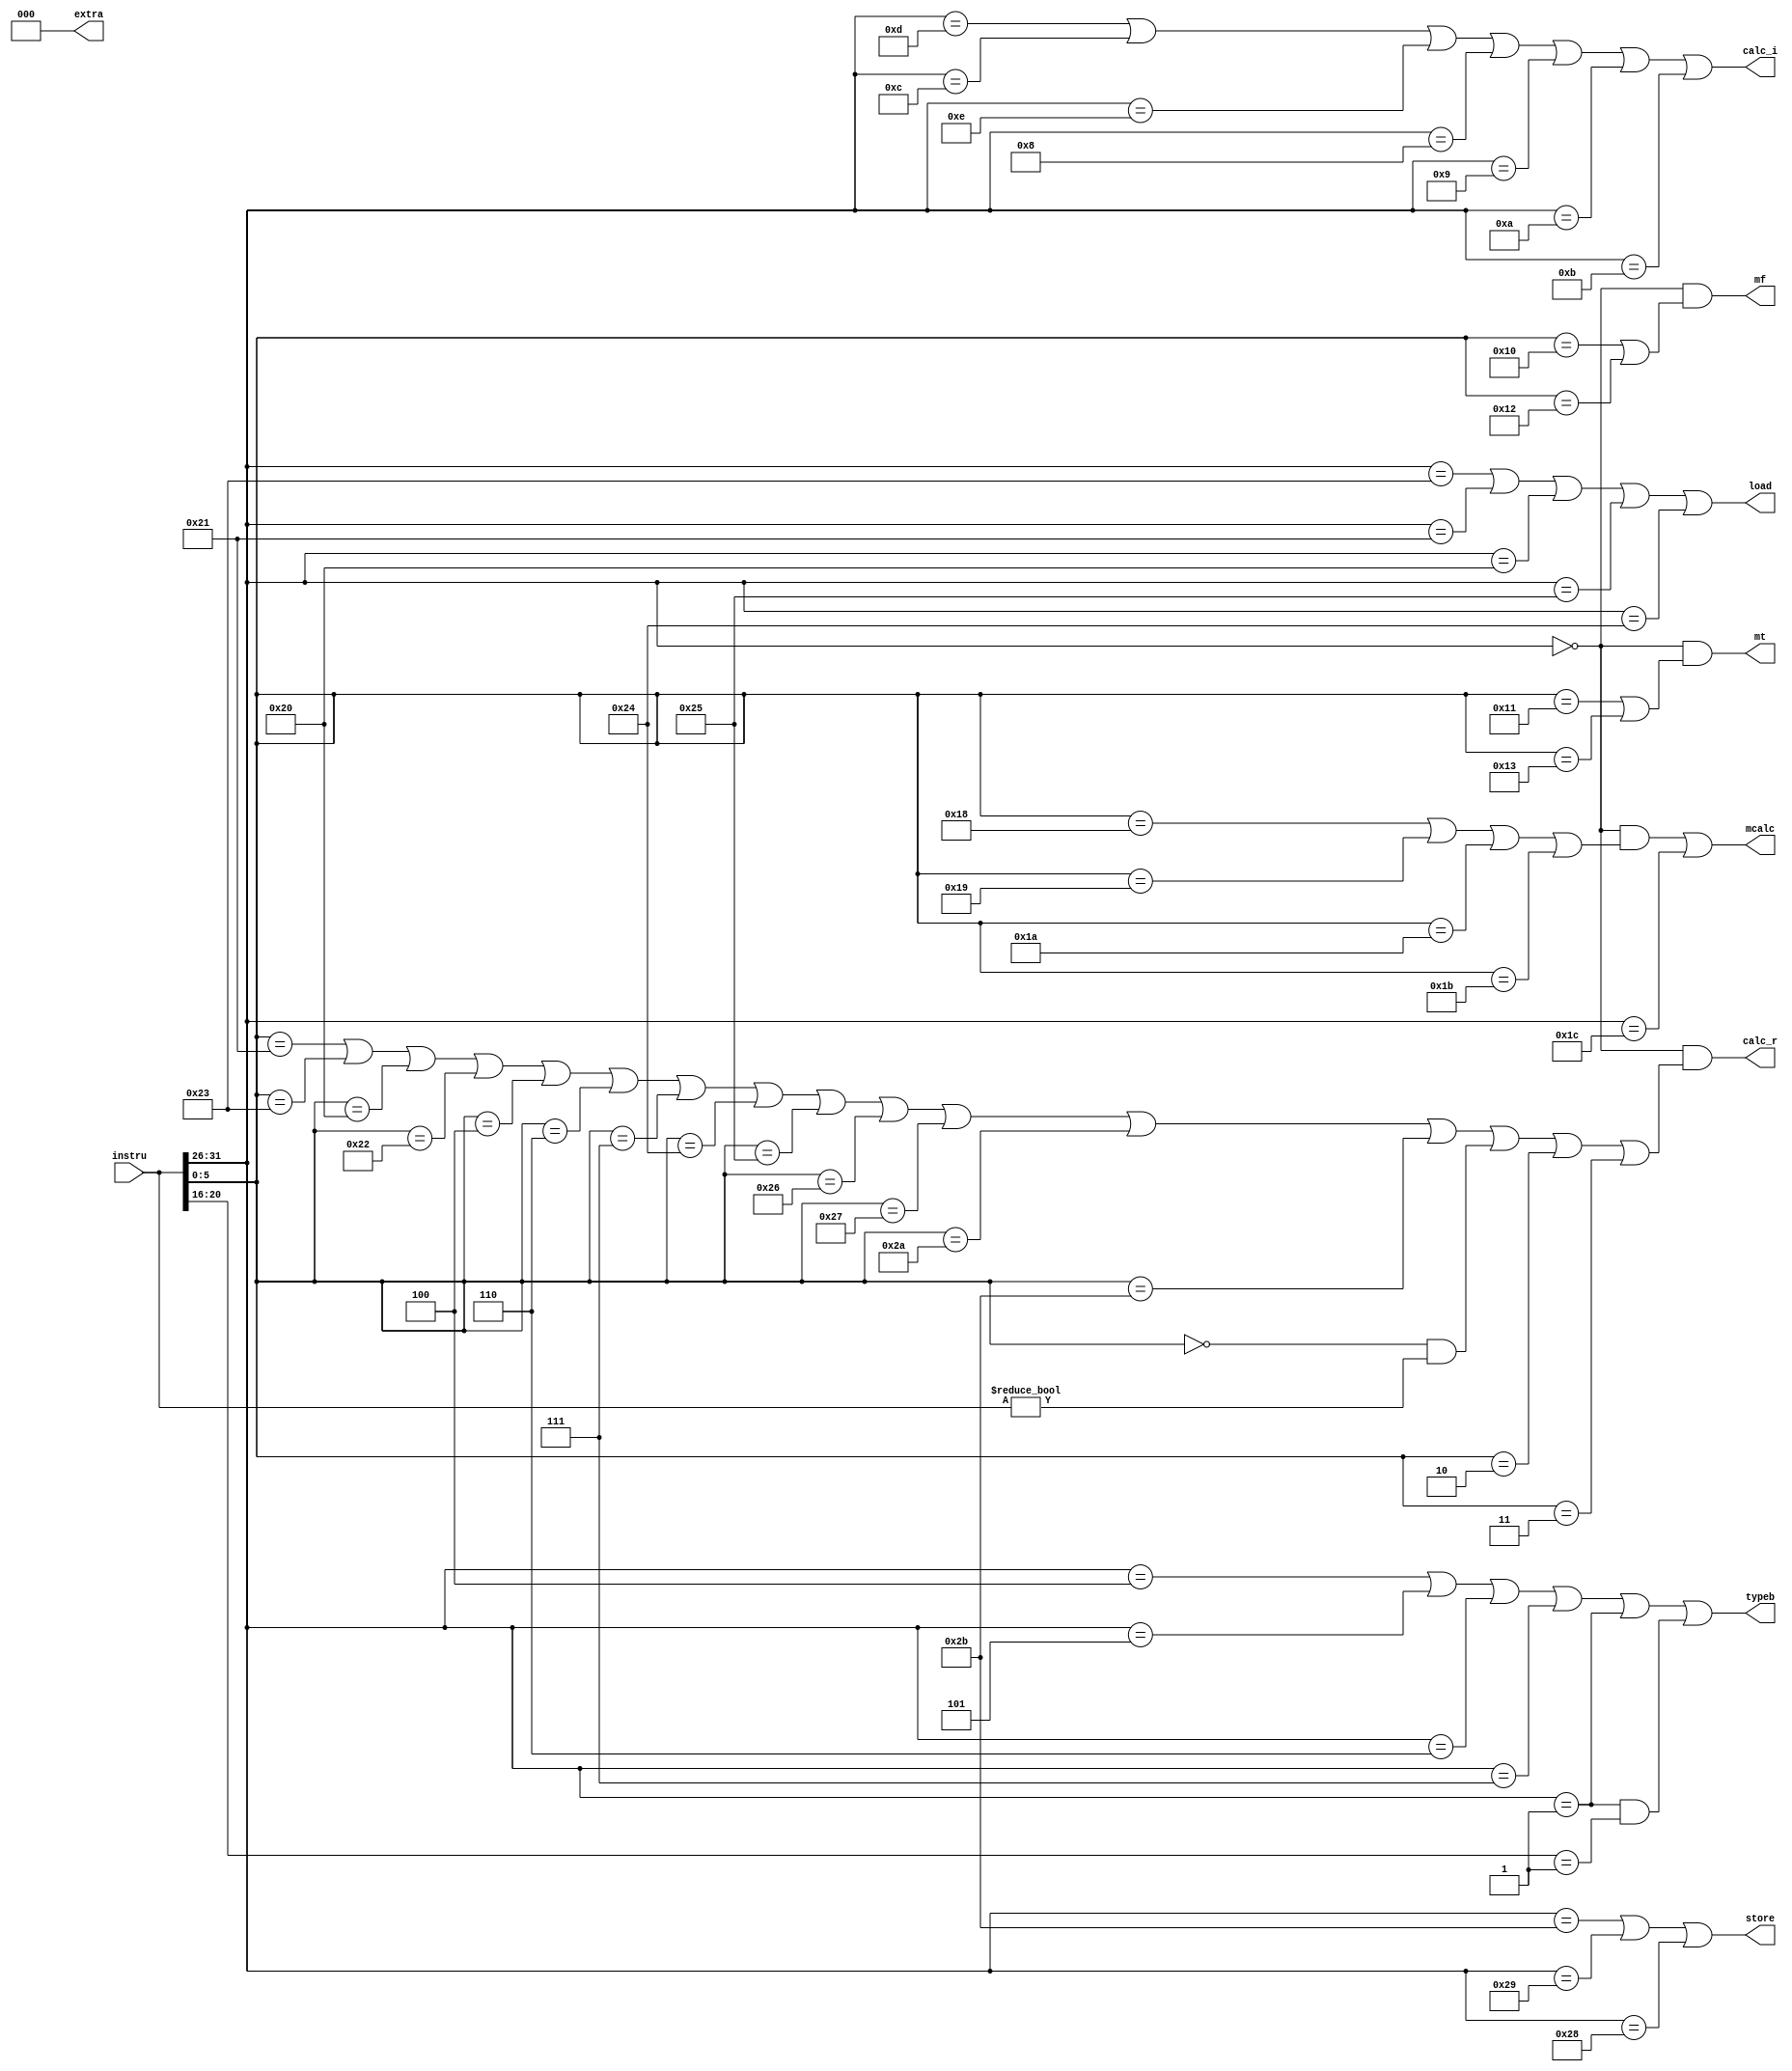
`timescale 1ns / 1ps
//////////////////////////////////////////////////////////////////////////////////
// Company: 
// Engineer: 
// 
// Design Name: 
// Module Name:    instru_classification 
// Project Name: 
// Target Devices: 
// Tool versions: 
// Description: 
//
// Dependencies: 
//
// Revision: 
// Revision 0.01 - File Created
// Additional Comments: 
//
//////////////////////////////////////////////////////////////////////////////////
`define op 31:26
`define rs 25:21
`define rt 20:16
`define rd 15:11
`define func 5:0

module instru_classification(
    input [31:0] instru,
    output calc_r,
    output calc_i,
    output typeb,
	output store,
	output load,
	output mt,
	output mf,
	output mcalc,
	output [2:0] extra
    );
	// 
	// addu, subu, ori, lw, sw, beq, lui, j, jal, jr, nop;
	parameter rop = 6'b000000, lwop = 6'b100011, swop = 6'b101011, beqop = 6'b000100,
	luiop = 6'b001111, oriop = 6'b001101, jalop = 6'b000011, jop=6'b000010,
    sltiop = 6'b001010, sltiuop = 6'b001011,
    xoriop =6'b001110, addiop =6'b001000 , addiuop = 6'b001001, andiop =6'b001100,
    bneop = 6'b000101, blezop = 6'b000110, bgtzop = 6'b000111, bltzop = 6'b000001, bgezop= 6'b000001, // bltz and bgez have the same op, bgez[rt] == 5'b00001
	sbop = 6'b101000, shop = 6'b101001,
	lbop = 6'b100000, lbuop = 6'b100100, lhop = 6'b100001, lhuop = 6'b100101,
    mfhifunc = 6'b010000, mflofunc=6'b010010, mthifunc = 6'b010001, mtlofunc = 6'b010011,
    multfunc = 6'b011000, multufunc = 6'b011001, divfunc = 6'b011010, divufunc = 6'b011011,
	maddop = 6'b011100;

	parameter addufunc = 6'b100001, subufunc = 6'b100011, jrfunc = 6'b001000,nopfunc=6'b000000,

    addfunc = 6'b100000, subfunc = 6'b100010, 
    sllfunc = 6'b000000, srlfunc=6'b000010 ,srafunc =6'b000011 , sllvfunc = 6'b000100, srlvfunc =6'b000110, sravfunc = 6'b000111,
    andfunc = 6'b100100, orfunc = 6'b100101, xorfunc = 6'b100110, norfunc = 6'b100111,
    sltfunc = 6'b101010,  sltufunc = 6'b101011;

	assign calc_i = (instru[`op] == oriop) | 
            (instru[`op] == andiop) | 
            (instru[`op] == xoriop) |
            (instru[`op] == addiop) |
            (instru[`op] == addiuop) |
            (instru[`op] == sltiop) |
            (instru[`op] == sltiuop);

	assign calc_r = ((instru[`op] == rop) && (instru[`func] == addufunc |
					instru[`func] == subufunc |
					instru[`func] == addfunc |
					instru[`func] == subfunc |
					instru[`func] == sllvfunc |
					instru[`func] == srlvfunc|
					instru[`func] == sravfunc |
					instru[`func] == andfunc |
					instru[`func] == orfunc |
					instru[`func] == xorfunc |
					instru[`func] == norfunc |
					instru[`func] == sltfunc |
					instru[`func] == sltufunc |
					(instru[`func] == sllfunc  && instru != 0)|
					instru[`func] == srlfunc |
					instru[`func] == srafunc 
					));
    assign typeb = (instru[`op] == beqop | instru[`op] == bneop | instru[`op] == blezop | instru[`op]==bgtzop
                | instru[`op] == bltzop | (instru[`op] == bgezop && instru[`rt] == 5'b00001));

	assign store = (instru[`op] == swop | instru[`op] == shop | instru[`op] == sbop);
	assign load =  (instru[`op] == lwop | instru[`op] == lhop | instru[`op] == lbop|
					instru[`op] == lhuop | instru[`op] == lbuop );

    assign mt = (instru[`op] == rop && (instru[`func] == mthifunc | instru[`func] == mtlofunc)),
    mf = (instru[`op] == rop && (instru[`func] == mfhifunc | instru[`func] == mflofunc));

	assign mcalc = (instru[`op] == rop && (instru[`func] == multfunc | instru[`func] == multufunc | instru[`func] == divfunc | instru[`func] == divufunc)) |
					(instru[`op] == maddop);

	assign extra = 0;	 
endmodule